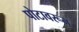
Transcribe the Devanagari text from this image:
पोटावरून